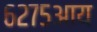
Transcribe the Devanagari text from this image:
६२७५आय